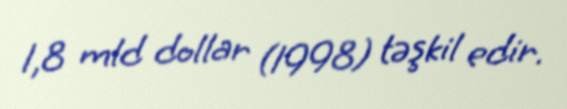
1,8 mld dollar (1998) təşkil edir.